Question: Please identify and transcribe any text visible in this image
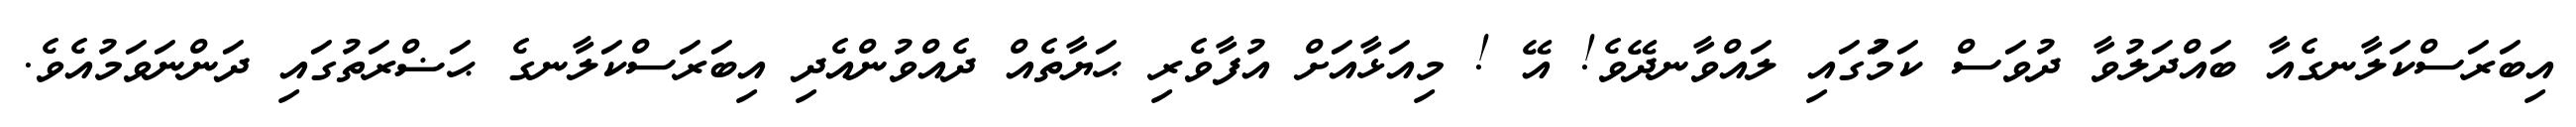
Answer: އިބަރަސްކަލާނގެއާ ބައްދަލުވާ ދުވަސް ކަމުަގައި ލައްވާނދޭވެ! އޭ ! މިއަޅާއަށް އުފާވެރި ޙަޔާތެއް ދެއްވުންއެދި އިބަރަސްކަލާނގެ ޙަޟްރަތުގައި ދަންނަވަމުއެވެ.